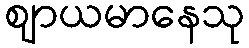
ဈာယမာနေသု